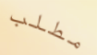
مطلب